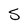
Character: S